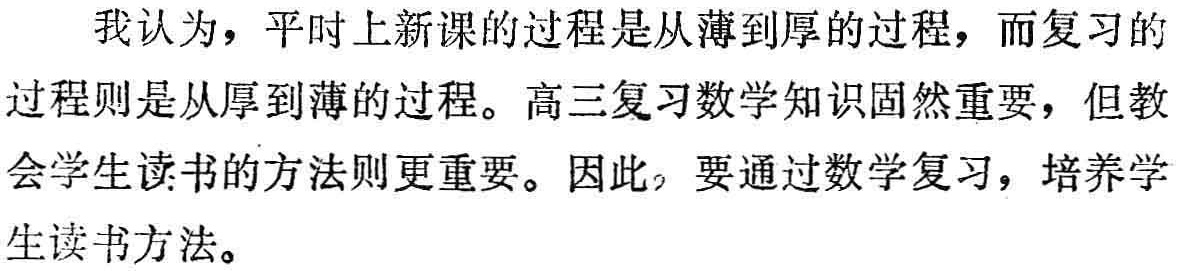
我认为，平时上新课的过程是从薄到厚的过程，而复习的过程则是从厚到薄的过程。高三复习数学知识固然重要，但教会学生读书的方法则更重要。因此，要通过数学复习，培养学生读书方法。